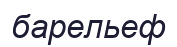
барельеф